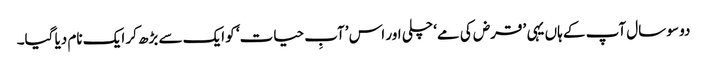
دو سو سال آپ کے ہاں یہی ’قرض کی مے‘ چلی اور اس ’آبِ حیات‘ کو ایک سے بڑھ کر ایک نام دیا گیا۔